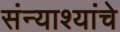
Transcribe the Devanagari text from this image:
संन्याश्यांचे